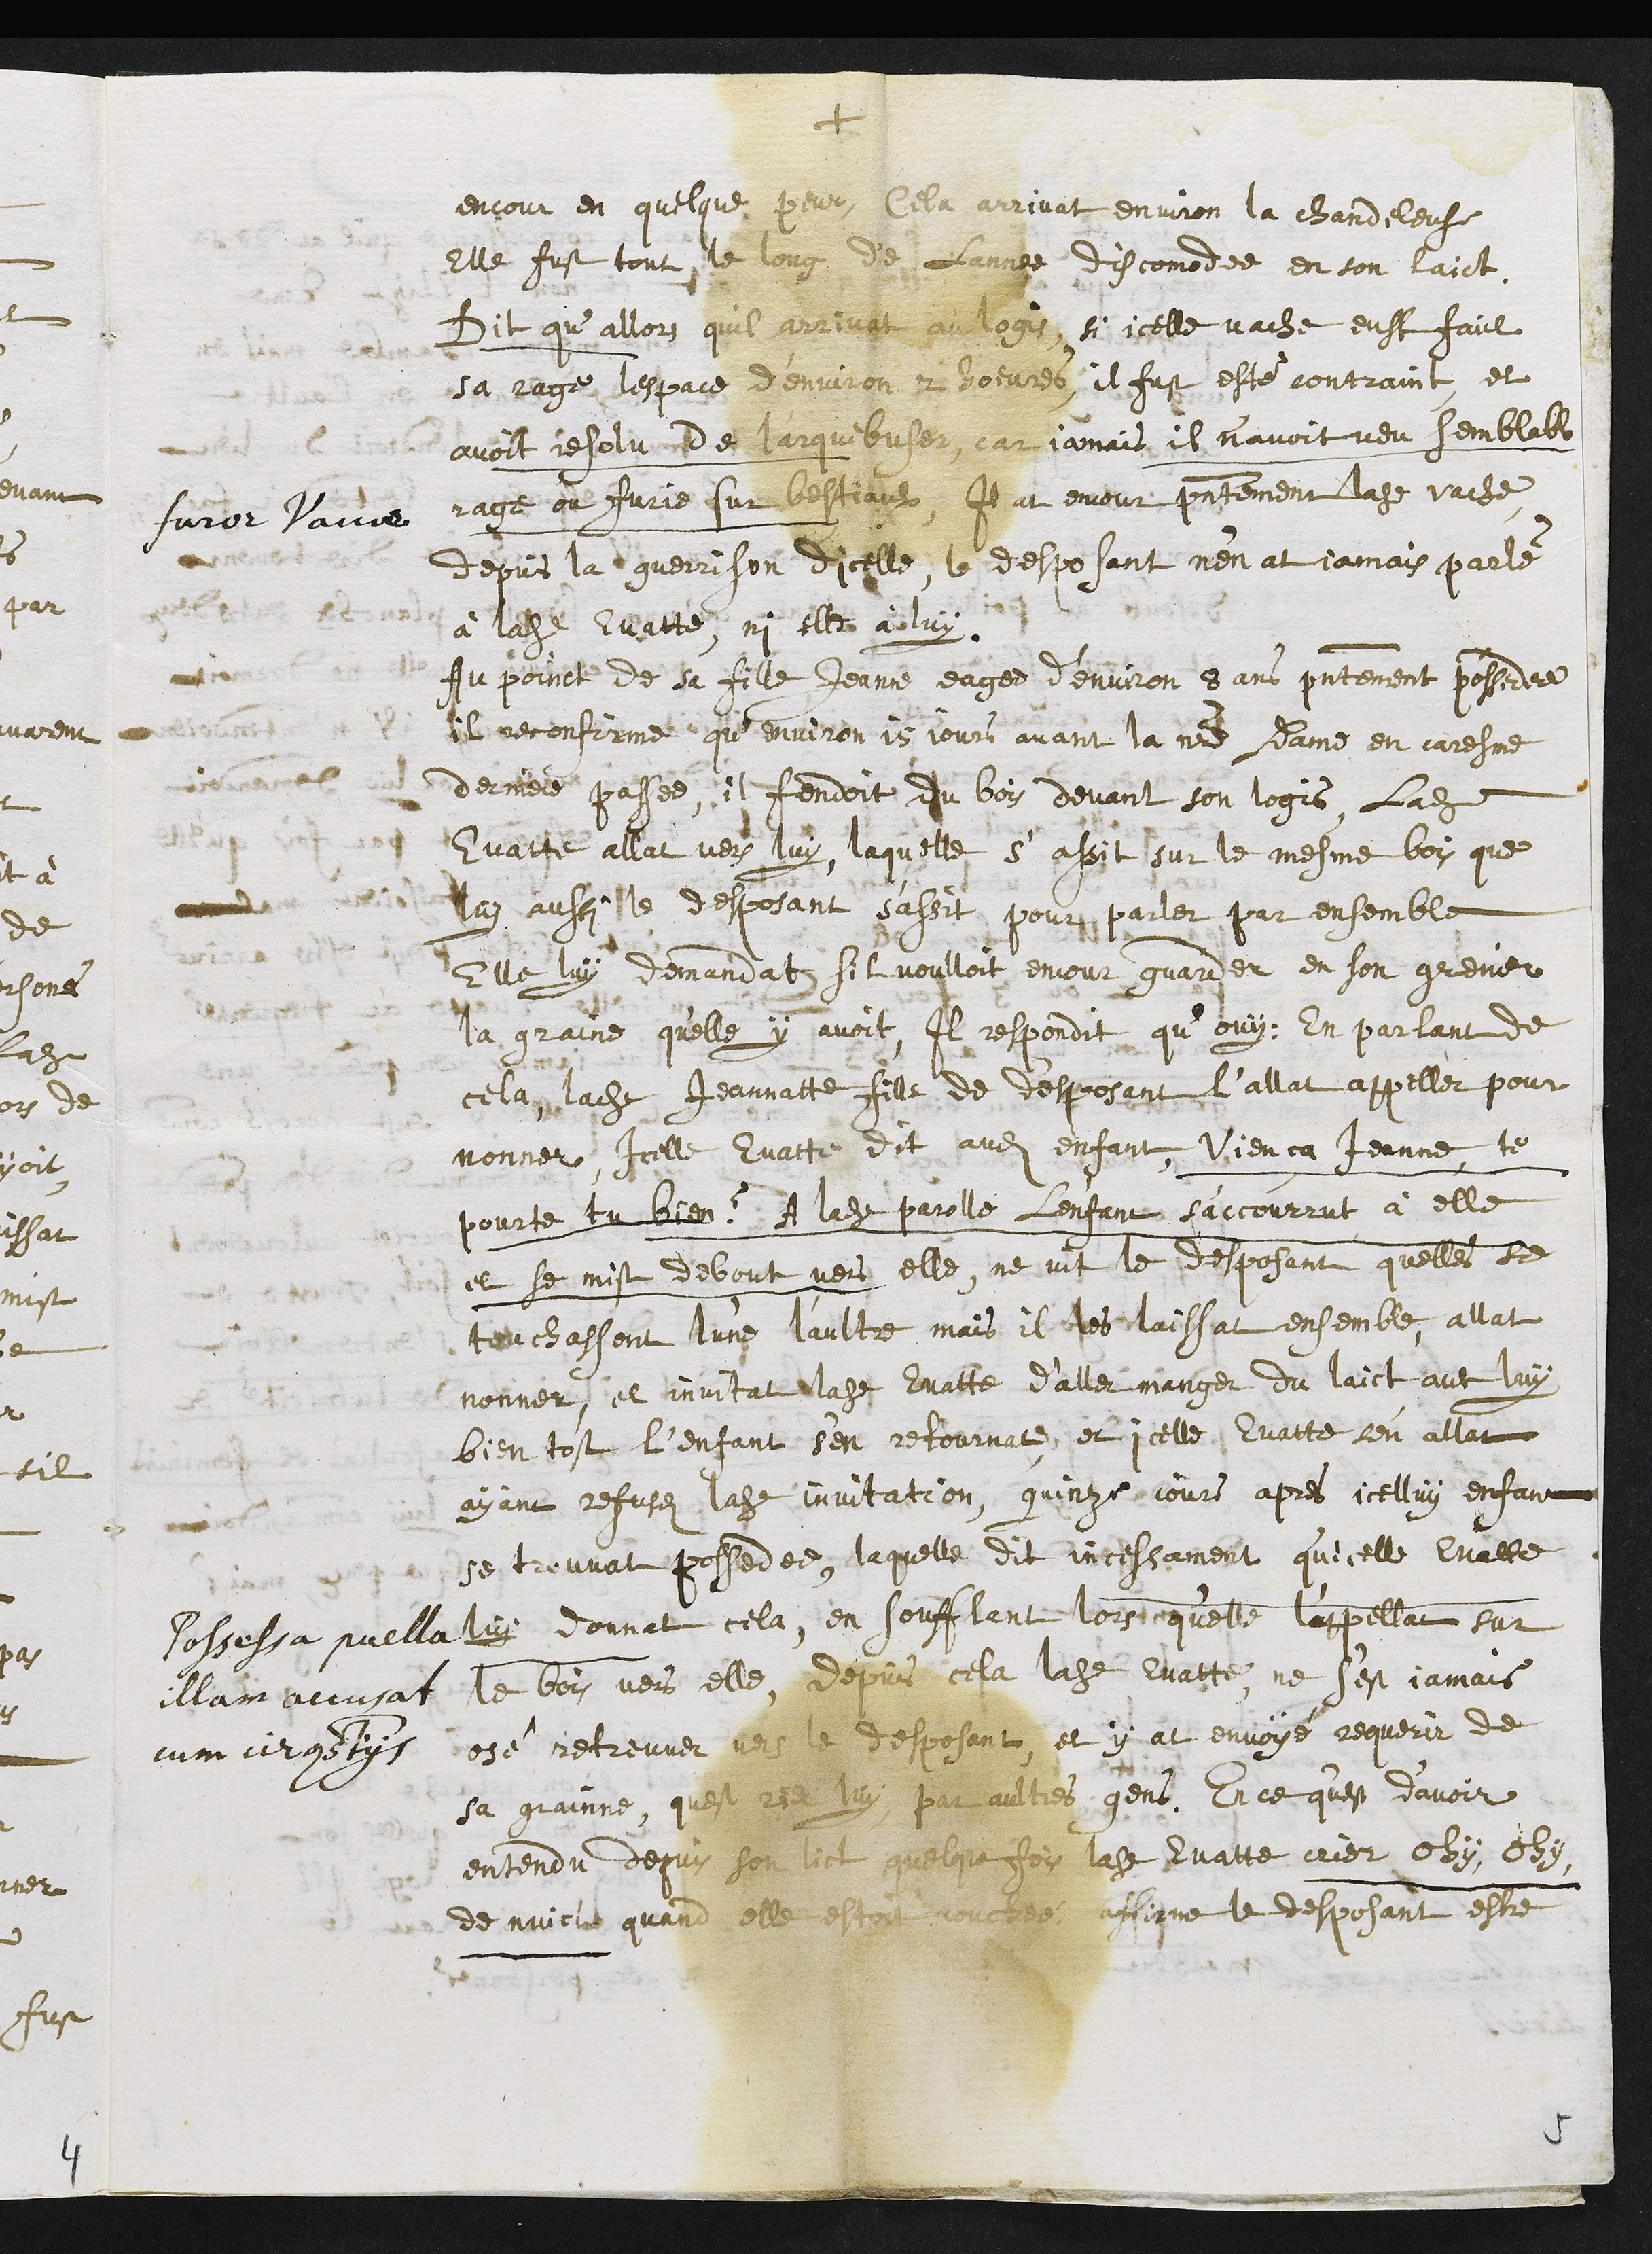
+
furor vaccae
encour en quelque peur, Cela arrivat environ la chandeleuse
Elle fust tout le long de Lannee discomodee en son laict.
Dit qu’allors quil arrivat au logis, si icelle vache eust faict
sa rage lespace d’environ 2 hoeures, il fust esté contraint et
avoit resolu de l'arquebuser, car jamais il navoit veu semblable
rage ou furie sur bestiaulx, Il at encour presentement ladite vache
depuis la guerrison dicelle, le desposant n’en at jamais parlé
à ladite Evatte, ni elle à luy.
Possessa puella
illam accusat
cum circonstantiis
Au poinct de sa fille Jeanne eage d’environ 8 ans presentement possedee
il reconfirme qu’environ 15 jours avant la notre Dame en caresme
derniere passee, il fendoit du bois devant son logis, ladite
Evatte allat vers luy, laquelle s'assit sur le mesme bois que
luy aussi le desposant s'assit pour parler par ensemble
Elle luy demandat sil voulloit encour guarder en son grenier
la graine qu'elle y avoit, Il respondit qu’ouy : En parlant de
cela, ladite Jeannatte fille de desposant l’allat appeller pour
nonner, icelle Evatte dit audit enfant, vien ça Jeanne, te
pourte tu bien ? A ladite parolle Lenfant s'accourrut à elle
et se mist debout vers elle, ne vit le desposant quelles se
touchassant l'une l'aultre, mais il les laissat ensemble, allat
nonner, et invitat ladite Evatte d’aller manger du laict avec luy
bien tost l’enfant s’en retournat, et icelle Evatte s'en allat
ayant refuséz ladite invitation, quinze jours apres icelluy enfant
se trouvat possedee, laquelle dit incessament qu'icelle Evatte
luy donnat cela, en soufflant lors qu'elle l'appellat sur
le bois vers elle, depuis cela ladite Evatte, ne s'est jamais
osé retreuver vers le desposant, et y at envoyé requerir de
sa grainne, quest rier luy par aultres gens. En ce qu'est d’avoir
entendu depuis son lict quelque fois ladite Evatte crier ohy ohy,
de nuict quand elle estoit couchée, affirme le desposant estre
5